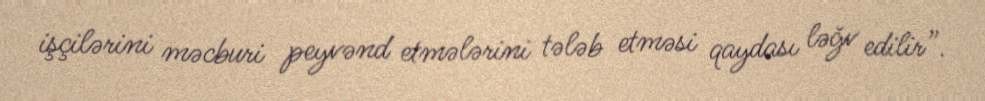
işçilərini məcburi peyvənd etmələrini tələb etməsi qaydası ləğv edilir”.